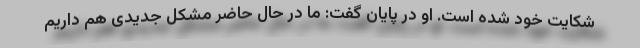
شکایت خود شده است. او در پایان گفت: ما در حال حاضر مشکل جدیدی هم داریم